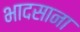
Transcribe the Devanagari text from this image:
भादसाना